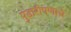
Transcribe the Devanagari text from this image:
पुढारीपणाचे